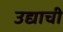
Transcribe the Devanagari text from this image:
उद्याची